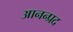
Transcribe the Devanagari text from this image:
आनन्प्रद